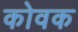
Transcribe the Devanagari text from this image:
कोवक